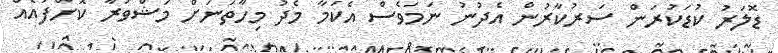
ޑޮލަރު ކުޑަކުރަން ސަރުކާރުން އެދުނު ނަމަވެސް އެކަމާ މެދު މިހާތަނަށް މަޝްވަރާ ކޮށްފައެއް